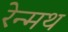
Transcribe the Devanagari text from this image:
रेन्मथ